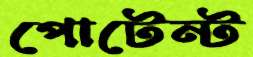
পোটেন্ট